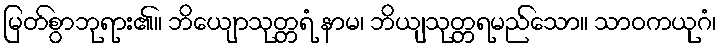
မြတ်စွာဘုရား၏။ ဘိယျောသုတ္တရံ နာမ၊ ဘိယျသုတ္တရမည်သော။ သာဝကယုဂံ၊